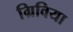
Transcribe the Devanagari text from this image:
ग्रिविया